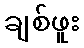
ချစ်ဖူး